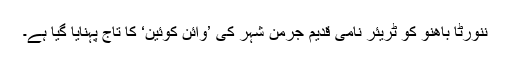
ننورٹا باھنو کو ٹريئر نامی قديم جرمن شہر کی ’وائن کوئين‘ کا تاج پہنايا گيا ہے۔